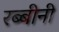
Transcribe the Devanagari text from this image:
रब्बीनी